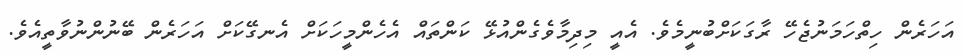
އަހަރެން ހިތްހަމަނުޖެހޭ ރާގަކަށްބުނީމެވެ. އެއީ މިދިމާވެގެންއުޅޭ ކަންތައް އެހެންމީހަކަށް އެނގޭކަށް އަހަރެން ބޭނުންނުވާތީއެވެ.